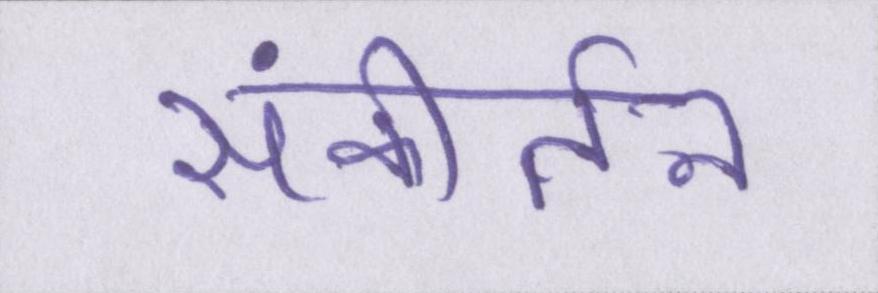
संकीर्तन